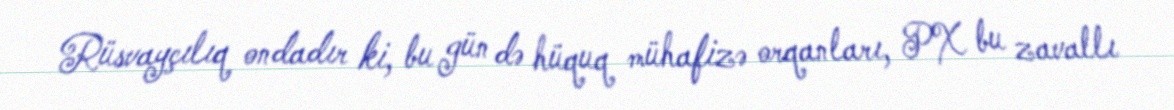
Rüsvayçılıq ondadır ki, bu gün də hüquq mühafizə orqanları, PX bu zavallı